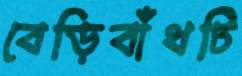
বেড়িবাঁধটি